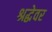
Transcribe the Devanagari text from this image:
श्रद्धेवर